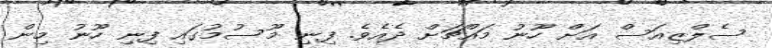
ސެލްޒިއަސް އަށް ހޫނު މައްޗަށް ދެއެވެ. ފިނި މޫސުމުގައި ފިނި ހޫނު މިން